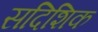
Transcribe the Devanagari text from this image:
सदिशिक